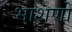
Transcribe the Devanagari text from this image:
भाशणों